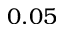
0 . 0 5